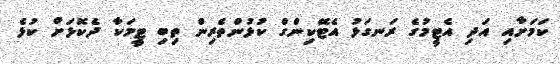
ކަމަށާއި އަދި އެޓީމުގެ ރަނގަޅު އެޓޭކިންގް ކުޅުންތެރިން ތިބި ޓީމަކާ ދެކޮޅަށް ކުޅެ